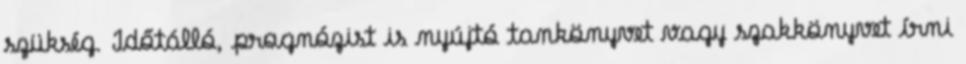
szükség. Időtálló, prognózist is nyújtó tankönyvet vagy szakkönyvet írni